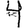
Digit: 4